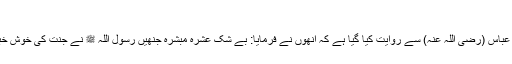
قال السمرقندي: وخلاف ھٰؤلاء الصحابۃ قبیح‘‘
اور صحیح ہمارا (حنفی) مذہب ہے، اس وجہ سے کہ جو ابن عباس (رضی اللہ عنہ) سے روایت کیا گیا ہے کہ انھوں نے فرمایا: بے شک عشرہ مبشرہ جنھیں رسول اللہ ﷺ نے جنت کی خوش خبری دی، وہ شروع نماز کے سوا رفع یدین نہیں کرتے تھے۔